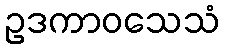
ဥဒကာဝသေသံ